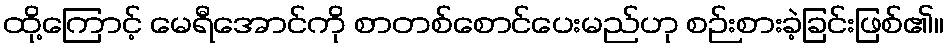
ထို့ကြောင့် မေရီအောင်ကို စာတစ်စောင်ပေးမည်ဟု စဉ်းစားခဲ့ခြင်းဖြစ်၏။